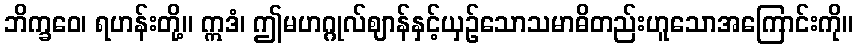
ဘိက္ခဝေ၊ ရဟန်းတို့။ ဣဒံ၊ ဤမဟဂ္ဂုလ်ဈာန်နှင့်ယှဉ်သောသမာဓိတည်းဟူသောအကြောင်းကို။